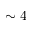
\sim 4